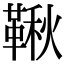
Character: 鞦